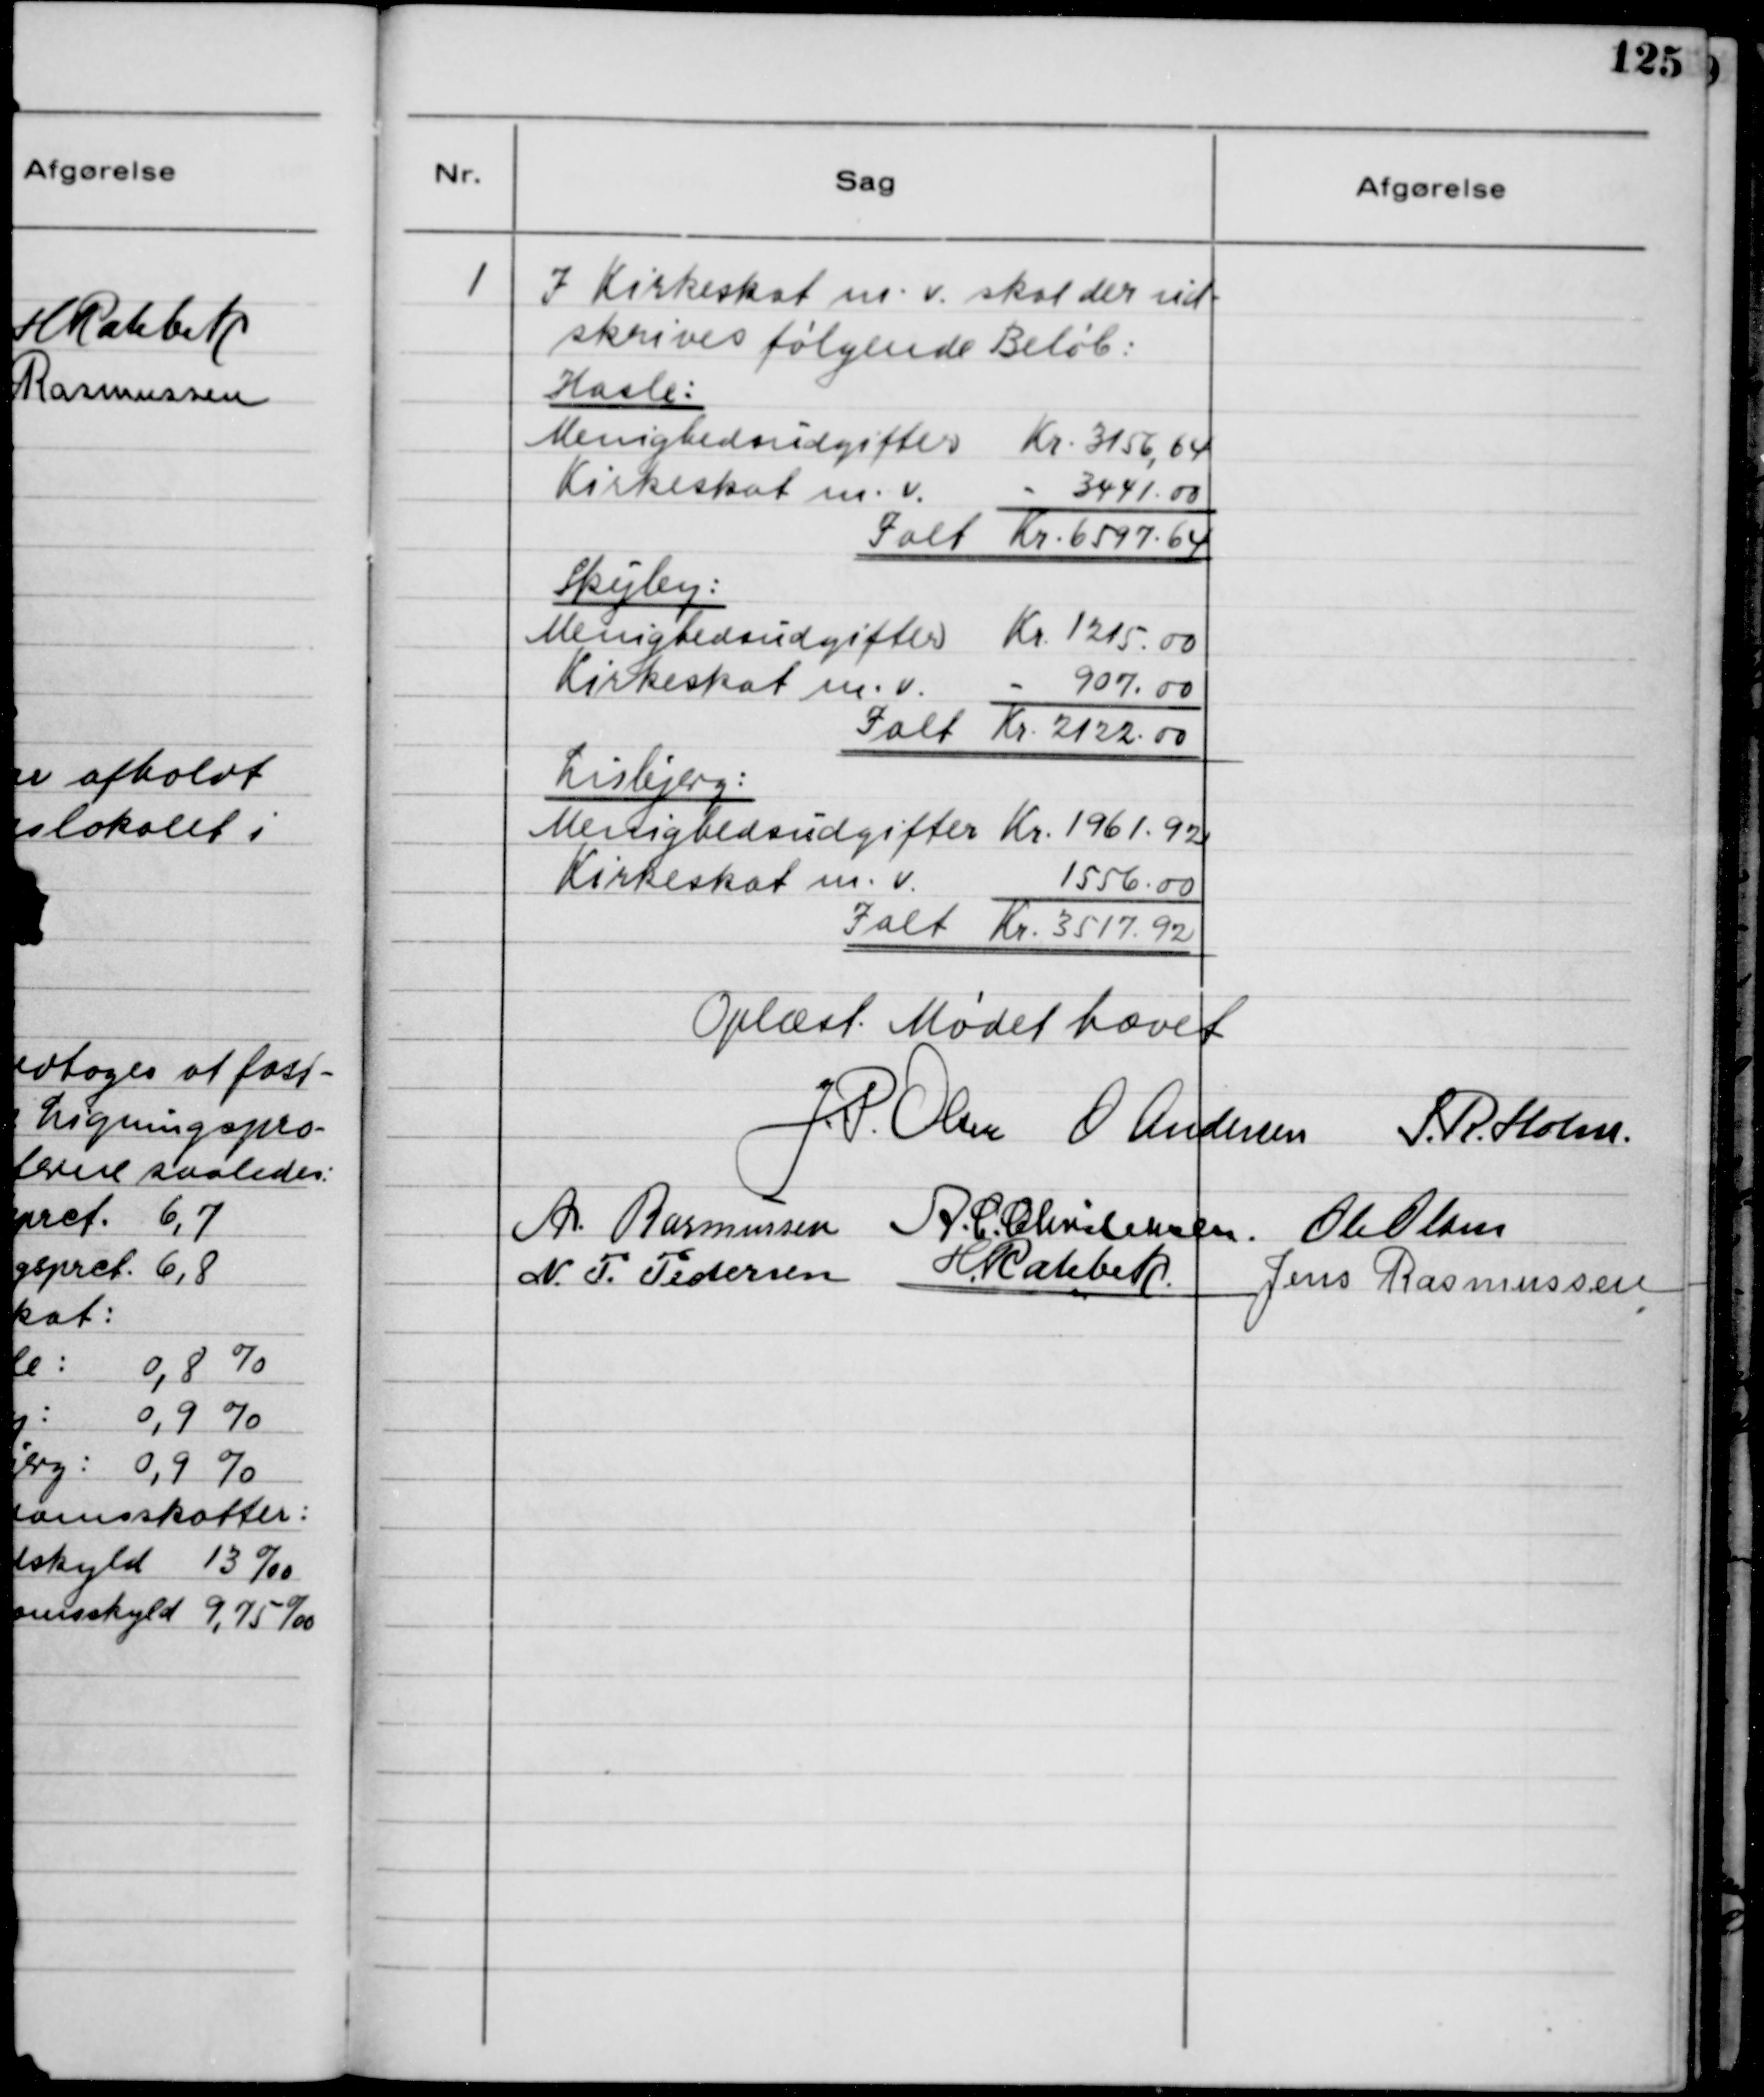
Transskription:
1
I Kirkeskat m.v. skal der ind-
skrives følgende Beløb:
Hasle
Menighedsudgifter
Kr. 3156,64
Kirkeskat m.v.
- 3441,00
Ialt Kr. 6597,64
Skejby:
Menighedsudgifter
Kr. 1215,00
Kirkeskat m.v.
- 907,00
Ialt Kr. 2122,00
Lisbjerg:
Menighedsudgifter Kr. 1961,92
Kirkeskat m.v.
1556,00
Ialt Kr. 3517,92
Oplæst. Mødet hævet.
J.P. Olsen
O Andersen
S.R. Holm
A. Rasmussen
A.C. Christensen
Ole Olsen
N.P. Pedersen
H. Rahbek
Jens Rasmussen